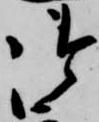
御